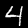
Digit: 4